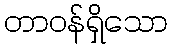
တာဝန်ရှိသော